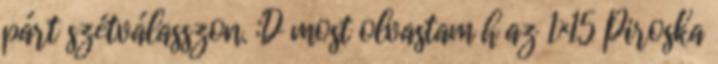
párt szétválasszon. :D most olvastam h az 1×15 Piroska